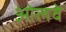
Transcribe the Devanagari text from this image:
ओलवे